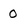
Character: 0